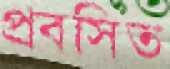
প্রবসিত